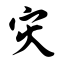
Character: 灾